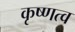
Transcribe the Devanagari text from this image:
कृष्णत्व